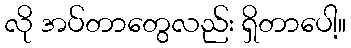
လို အပ်တာတွေလည်း ရှိတာပေါ့။